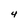
Character: 4